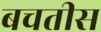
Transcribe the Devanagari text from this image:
बचतीस